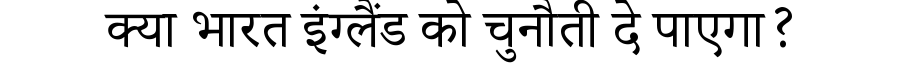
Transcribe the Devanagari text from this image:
क्या भारत इंग्लैंड को चुनौती दे पाएगा?